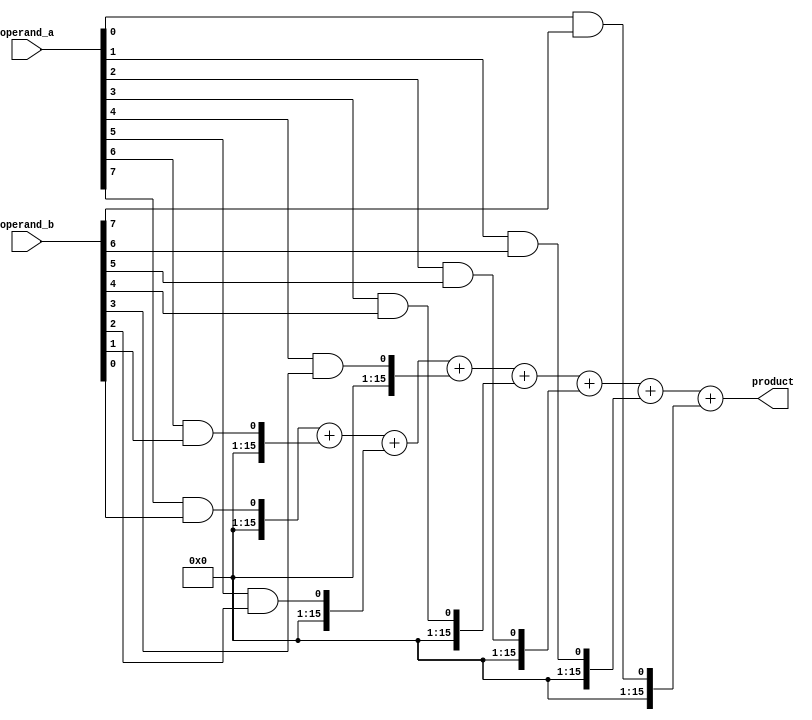
module wallace_tree_multiplier (
    input wire [7:0] operand_a,
    input wire [7:0] operand_b,
    output reg [15:0] product
);

wire [15:0] pp[7:0][7:0];
wire [15:0] sum_temp[15:0];

// Generating partial products
genvar i, j;
generate
    for (i = 0; i < 8; i = i + 1) begin
        for (j = 0; j < 8; j = j + 1) begin
            assign pp[i][j] = operand_a[i] & operand_b[j];
        end
    end
endgenerate

// Adding partial products using Wallace Tree
assign sum_temp[0] = pp[0][0];
assign sum_temp[1] = pp[1][0] + pp[0][1];
assign sum_temp[2] = pp[2][0] + pp[1][1] + pp[0][2];
assign sum_temp[3] = pp[3][0] + pp[2][1] + pp[1][2] + pp[0][3];
assign sum_temp[4] = pp[4][0] + pp[3][1] + pp[2][2] + pp[1][3] + pp[0][4];
assign sum_temp[5] = pp[5][0] + pp[4][1] + pp[3][2] + pp[2][3] + pp[1][4] + pp[0][5];
assign sum_temp[6] = pp[6][0] + pp[5][1] + pp[4][2] + pp[3][3] + pp[2][4] + pp[1][5] + pp[0][6];
assign sum_temp[7] = pp[7][0] + pp[6][1] + pp[5][2] + pp[4][3] + pp[3][4] + pp[2][5] + pp[1][6] + pp[0][7];

// Final product calculation
always @(*) begin
    product = sum_temp[7];
end

endmodule